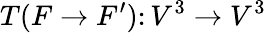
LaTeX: T(F\to F^{\prime})\colon V^{3}\to V^{3}